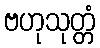
ဗဟုသုတ္တံ